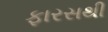
ફારસથી